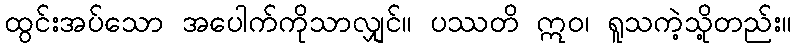
ထွင်းအပ်သော အပေါက်ကိုသာလျှင်။ ပဿတိ ဣဝ၊ ရူသကဲ့သို့တည်း။